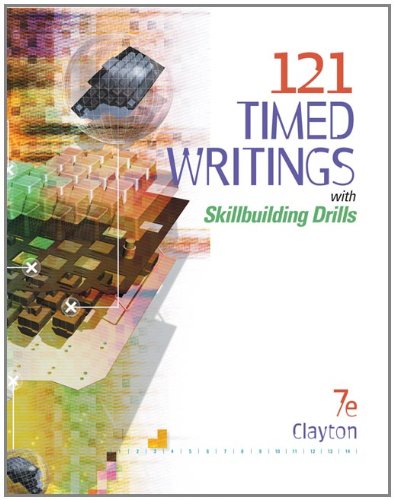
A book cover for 121 Timed Writings with Skillbuilding Drills (with MicroPace Pro Individual) (Keyboarding Production); Dean Clayton; Business & Money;